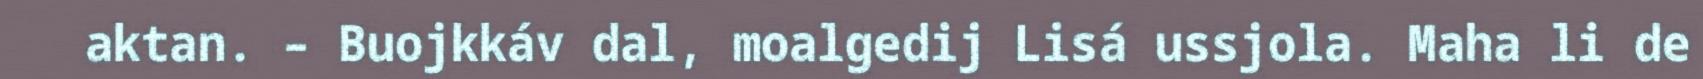
aktan. – Buojkkáv dal, moalgedij Lisá ussjola. Maha li de